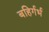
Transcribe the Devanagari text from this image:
बहिर्गर्भ